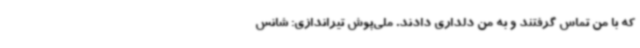
که با من تماس گرفتند و به من دلداری دادند. ملی‌پوش تیراندازی: شانس